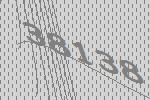
38138